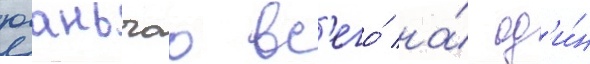
юаньчао вс'его́ на́ од'и́н